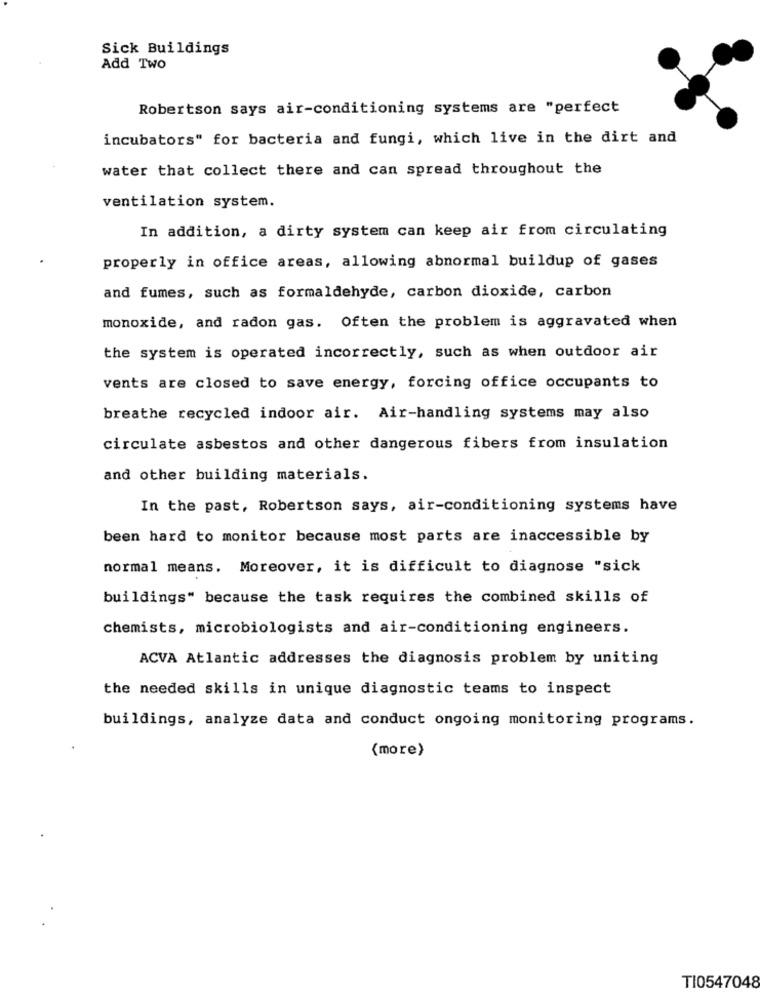
Sick Buildings
Add Two
Robertson says air-conditioning systems are "perfect
incubators" for bacteria and fungi, which live in the dirt and
water that collect there and can spread throughout the
ventilation system.
In addition, a dirty system can keep air from circulating
properly in office areas, allowing abnormal buildup of gases
and fumes, such as formaldehyde, carbon dioxide, carbon
monoxide, and radon gas. Often the problem is aggravated when
the system is operated incorrectly, such as when outdoor air
vents are closed to save energy, forcing office occupants to
breathe recycled indoor air. Air-handling systems may also
circulate asbestos and other dangerous fibers from insulation
and other building materials.
In the past, Robertson says, air-conditioning systems have
been hard to monitor because most parts are inaccessible by
normal means. Moreover, it is difficult to diagnose "sick
buildings" because the task requires the combined skills of
chemists, microbiologists and air-conditioning engineers.
ACVA Atlantic addresses the diagnosis problem by uniting
the needed skills in unique diagnostic teams to inspect
buildings, analyze data and conduct ongoing monitoring programs.
(more)
TI0547048